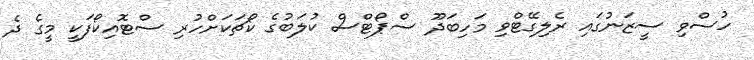
ހުސްވި ސީޒަނުގައި ރެލިގޭޓްވި މަހިބަދޫ ސްޕޯޓްސް ކުލަބުގެ ކޯޗަކަށްހުރި ސްޓޮއިކޯފަކީ މީގެ ދެ